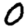
Digit: 0